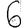
Digit: 6